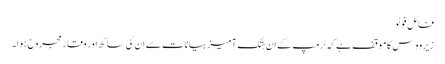
فائل فوٹو
زیرووس کا موقف ہے کہ ٹرمپ کے ان ہتک آمیز بیانات سے ان کی ساکھ اور وقار مجروح ہوا۔